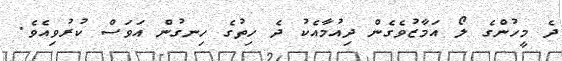
ދެ މީހުންގެ ލޯ އަމާޒުވެގެން ދިއުމާއެކު ދެ ހިތުގެ ހިނގުން އަވަސް ކުރުވިއެވެ.